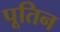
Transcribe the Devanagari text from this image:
पूतिन